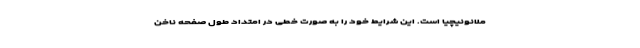
ملانونیچیا است. این شرایط خود را به صورت خطی در امتداد طول صفحه ناخن